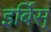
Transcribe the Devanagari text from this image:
इर्बिस्